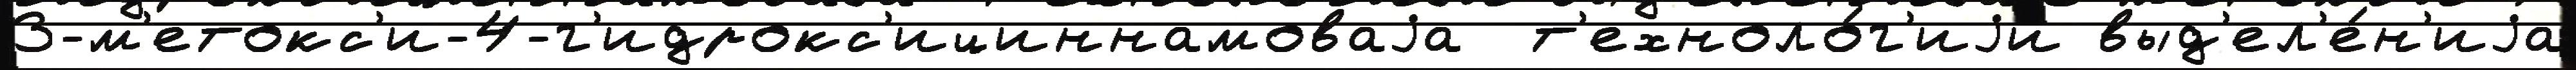
3-м'етокс'и-4-г'идрокс'ициннамоваjа  т'ехноло́г'иjи выд'ел'е́н'иjа